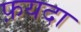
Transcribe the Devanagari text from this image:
फ़यदा